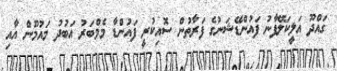
ގައްދޫ އަލީކަލޭފާނު ފައުންޑޭޝަނުގެ ފަރާތުން ސޮއިކުރީ ފައުންޑާ މެމްބަރު އަބުދު މައުމޫން އާއި